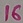
Text: 16